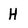
Character: H